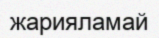
жарияламай